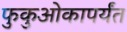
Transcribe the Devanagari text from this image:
फुकुओकापर्यंत